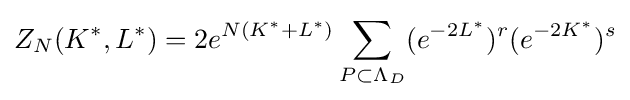
Z_{N}(K^{*},L^{*})=2e^{N(K^{*}+L^{*})}\sum _{P\subset \Lambda _{D}}(e^{-2L^{*}})^{r}(e^{-2K^{*}})^{s}